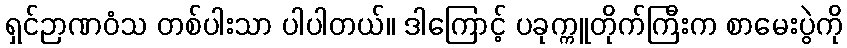
ရှင်ဉာဏဝံသ တစ်ပါးသာ ပါပါတယ်။ ဒါကြောင့် ပခုက္ကူတိုက်ကြီးက စာမေးပွဲကို